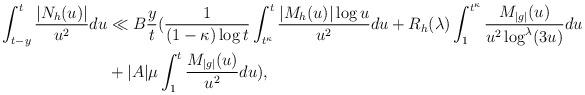
LaTeX: \begin{align*}\int_{t-y}^t \frac{|N_{h}(u)|}{u^2} du &\ll B \frac{y}{t}(\frac{1}{(1-\kappa)\log t}\int_{t^{\kappa}}^{t} \frac{|M_{h}(u)|\log u}{u^2} du+R_h(\lambda)\int_1^{t^{\kappa}} \frac{M_{|g|}(u)}{u^2\log^{\lambda}(3u)}du \\&+ |A|\mu \int_1^{t} \frac{M_{|g|}(u)}{u^2}du) ,\end{align*}